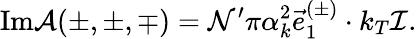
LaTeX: \mathrm{Im}{\cal A}(\pm,\pm,\mp)={\cal N}^{\prime}\pi\alpha_{k}^{2}\vec{e}_{1}^{(\pm)}\cdot k_{T}{\cal I}.